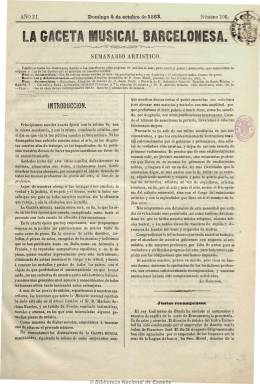
Título: La Gaceta musical barcelonesa
Colección: Música
Ámbito geográfico: Barcelona
Lugar de publicación: Barcelona
Fechas: 04/10/1863-03/12/1865

Con el subtítulo “semanario artístico” está dedicada a la defensa y actualidad del arte lírico español. Su propietario y editor es Miguel Budo y estuvo dirigida por Mariano Soriano Fuertes (1817-1880). Salía los domingos, excepto en los meses de junio a septiembre, en números de cuatro páginas.

Le dedica espacio destacado a la crítica musical. Contiene una sección de canto, en donde ofrece melodías y piezas de salón publicadas en Italia, Francia, Alemania y de compositores españoles, y otra de piano, con piezas escritas expresamente para este instrumento. También lecciones sobre historia musical e, incluso, relatos o novelas musicales instructivas. Además de sobre la lírica, estuvo atenta a los acontecimientos de música religiosa, militar y de las orquestas teatrales. Las secciones de variedades y la de revista teatral da cuenta de la actualidad y las representaciones en las distintas provincias y le dedica espacio semanal al Gran Teatro del Liceo barcelonés. Además de otra sección sobre efemérides musicales, también informa sobre el Conservatorio Nacional de Música y Declamación de Madrid y de las distintas sociedades artístico-musicales.

Incluye partituras para canto y piano o piano solo con óperas representadas en Barcelona y llega a publicar suplementos especiales en homenaje y aniversarios de músicos. En sus páginas aparecen las firmas de Francisco Asenjo Barbieri (1823-1894) y Baltasar Saldoni (1807-1889), entre otros.